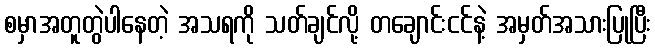
စမှာအတူတွဲပါနေတဲ့ အသရကို သတ်ချင်လို့ တချောင်းငင်နဲ့ အမှတ်အသားပြုပြီး